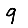
Digit: 9